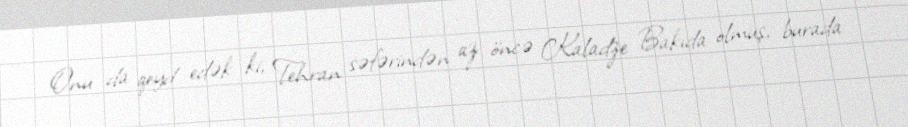
Onu da qeyd edək ki, Tehran səfərindən az öncə Kaladze Bakıda olmuş, burada